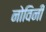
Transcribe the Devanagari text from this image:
नोविनी